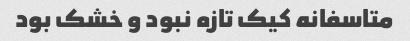
متاسفانه کیک تازه نبود و خشک بود